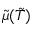
{ \tilde { \mu } } ( { \tilde { T } } )